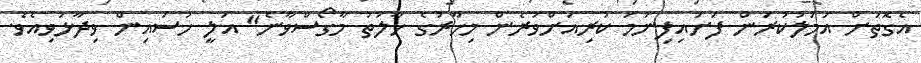
އެގޮތަށް އަމަލުކުރަން ފަށައިފިނަމަ ކުރިއަށްވުރެން މިހާރުގެ ހާލަތު މާގޯސްވާނެ" އަލީ ހުސައިން ވިދާޅުވިއެވެ.